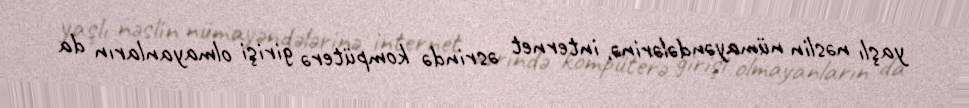
yaşlı nəslin nümayəndələrinə, internet əsrində kompüterə girişi olmayanların da